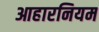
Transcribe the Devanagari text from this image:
आहारनियम